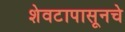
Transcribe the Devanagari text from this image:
शेवटापासूनचे